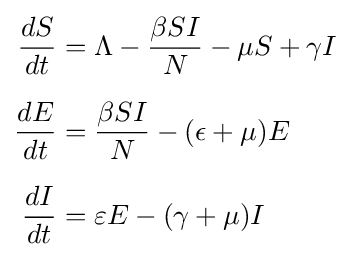
{\begin{aligned}{\frac {dS}{dt}}&=\Lambda -{\frac {\beta SI}{N}}-\mu S+\gamma I\\[6pt]{\frac {dE}{dt}}&={\frac {\beta SI}{N}}-(\epsilon +\mu )E\\[6pt]{\frac {dI}{dt}}&=\varepsilon E-(\gamma +\mu )I\end{aligned}}